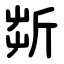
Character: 㪿